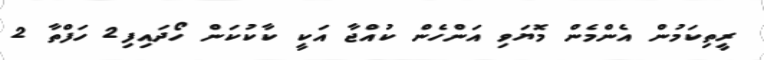
ރީތިކަމުން އެންމެން މޮޔަވި އަންހެން ކުއްޖާ އަކީ ކާކުކަން ހޯދައިފި2 ހަފްތާ 2